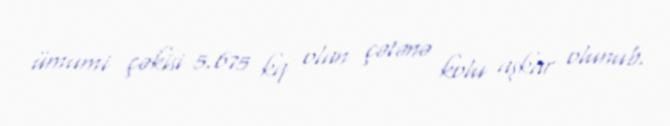
ümumi çəkisi 5.675 kq olan çətənə kolu aşkar olunub.